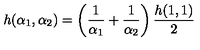
h ( \alpha _ { 1 } , \alpha _ { 2 } ) = \left( \frac { 1 } { \alpha _ { 1 } } + \frac { 1 } { \alpha _ { 2 } } \right) \frac { h ( 1 , 1 ) } { 2 }